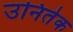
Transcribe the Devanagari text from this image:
उनितेक